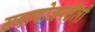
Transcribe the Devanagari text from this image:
समायोजनशैली